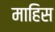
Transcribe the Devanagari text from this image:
माहिस